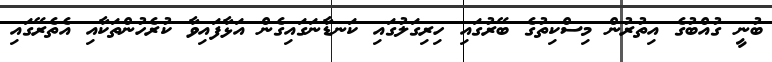
ބުނީ ގުއްބުގެ އިތުރުން މިސްކިތުގެ ބޭރުގައި ހިރިގަލުގައި ކަނޑާނަގައިގެން އަޅާފައިވާ ކުރެހުންތަކާއި އެތެރޭގައި